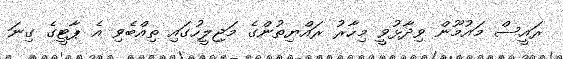
ރައީސް މައުމޫން ވިދާޅުވީ މިހާރު ރައްޔިތުންގެ މަޖިލީހުގައި ތިއްބެވި އެ ޕާޓީގެ ގިނަ